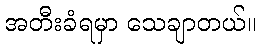
အတီးခံရမှာ သေချာတယ်။